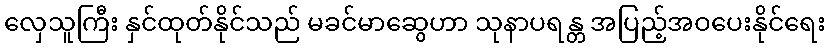
လှေသူကြီး နှင်ထုတ်နိုင်သည် မခင်မာဆွေဟာ သုနာပရန္တ အပြည့်အဝပေးနိုင်ရေး